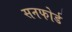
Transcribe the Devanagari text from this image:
सनफोर्ड